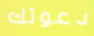
دعوتك